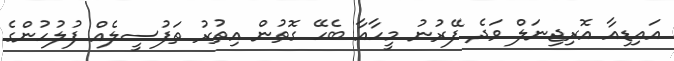
އައިޑިއާ އޮރިޖިނަލް ވަދެ ފޭރުނު މީހާއާ ބެހޭ ގޮތުން އިތުރު ތަފުސީލެއް ފުލުހުންގެ